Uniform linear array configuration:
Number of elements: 48
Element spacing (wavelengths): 0.5
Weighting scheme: cosine
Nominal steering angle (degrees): -45
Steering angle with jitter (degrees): -46.011
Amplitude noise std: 0.05
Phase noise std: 0.05

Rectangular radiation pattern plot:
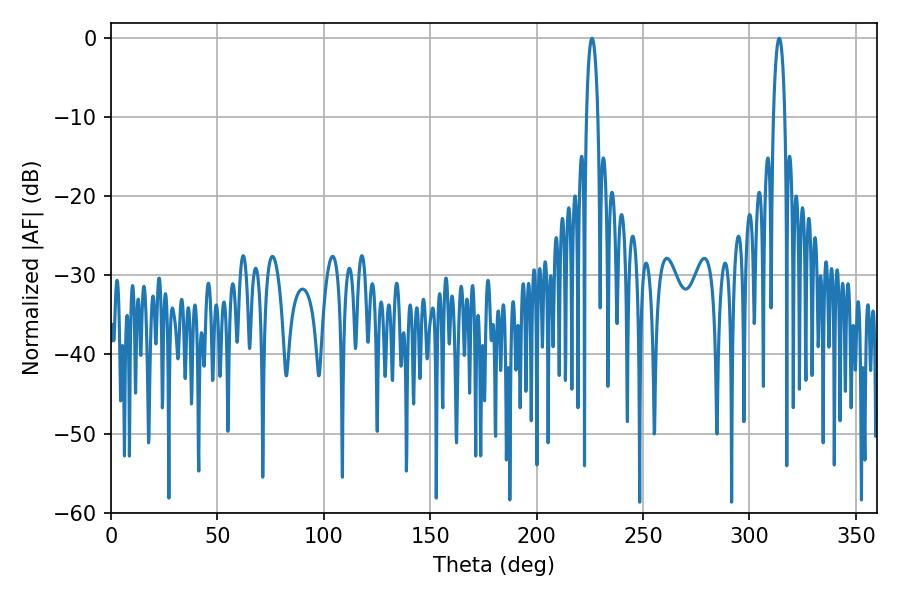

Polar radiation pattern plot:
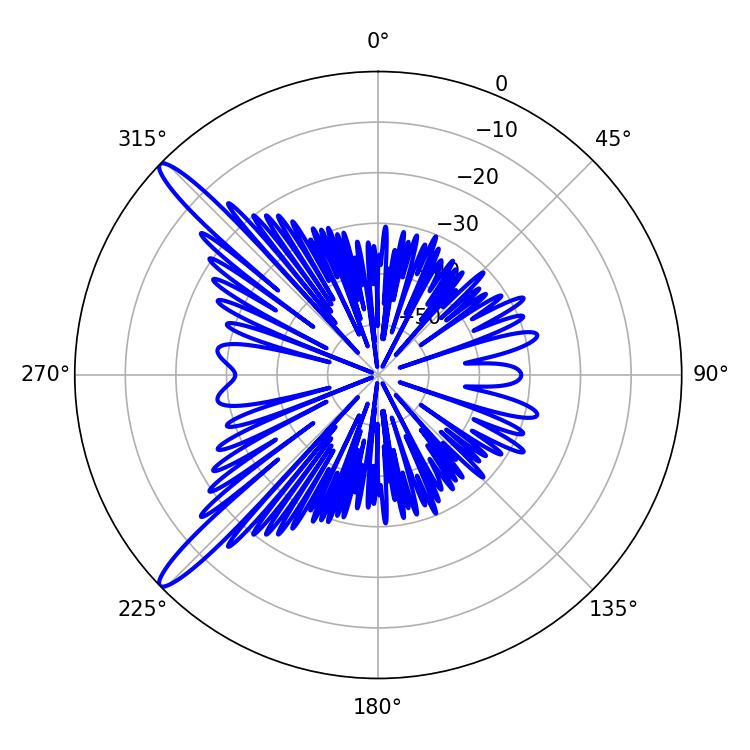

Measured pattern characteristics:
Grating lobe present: FALSE
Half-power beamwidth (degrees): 3.06
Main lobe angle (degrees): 226.08